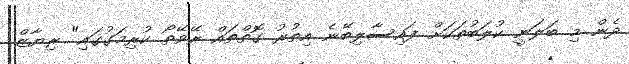
ދެން މި ބަލަނީ ކުލަބުތަކަށް ފައިސާލިބޭނެ އިތުރު ގޮތްތައް ރޭވޭތޯ ކުރިމަގުގައި" ރިޔާޒް